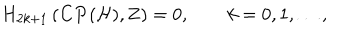
LaTeX: H _ { 2 k + 1 } \left( { \bf C P } ( { \cal H } ) , { \bf Z } \right) = 0 , \qquad k = 0 , 1 , \ldots ,